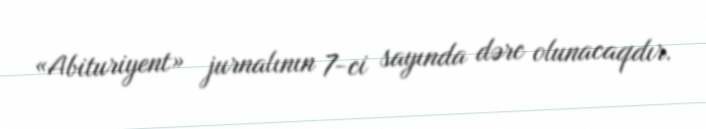
«Abituriyent» jurnalının 7-ci sayında dərc olunacaqdır.